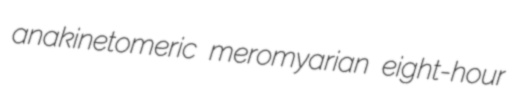
anakinetomeric meromyarian eight-hour